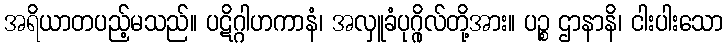
အရိယာတပည့်မသည်။ ပဋိဂ္ဂါဟကာနံ၊ အလှူခံပုဂ္ဂိုလ်တို့အား။ ပဉ္စ ဌာနာနိ၊ ငါးပါးသော